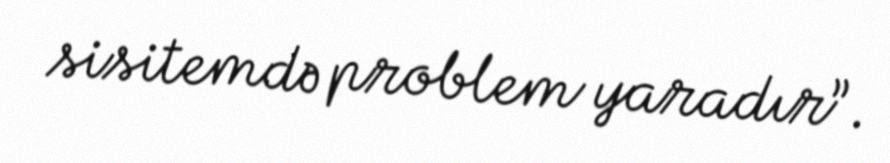
sisitemdə problem yaradır”.